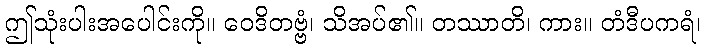
ဤသုံးပါးအပေါင်းကို။ ဝေဒိတဗ္ဗံ၊ သိအပ်၏။ တဿာတိ၊ ကား။ တံဒီပကရံ၊